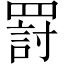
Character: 罸